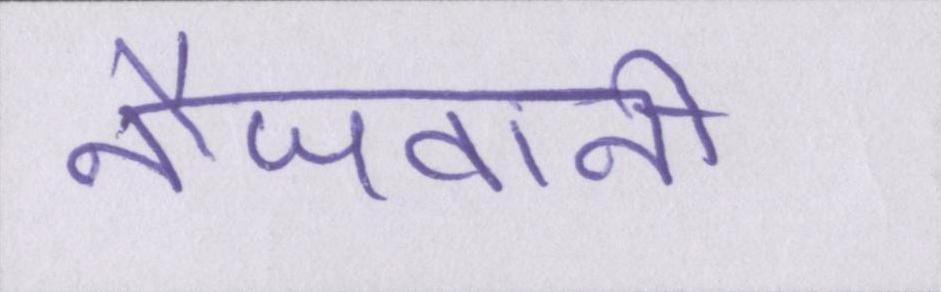
नौजवानी